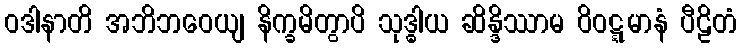
ဝဒါနာတိ အဘိဘဝေယျ နိက္ခမိတွာပိ သုဒ္ဓါယ ဆိန္ဒိဿာမ ဝိဝဋ္ဋမာနံ ပီဠိတံ